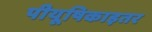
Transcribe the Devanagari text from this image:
पीयूषिकाइतर